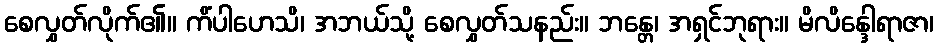
စေလွှတ်လိုက်၏။ ကိံပါဟေသိ၊ အဘယ်သို့ စေလွှတ်သနည်း။ ဘန္တေ၊ အရှင်ဘုရား။ မိလိန္ဒေါရာဇာ၊